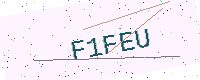
Text: F1FEU